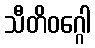
သီတိဝဂ္ဂေါ